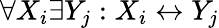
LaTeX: \forall X_{i}\exists Y_{j}:X_{i}\leftrightarrow Y_{j}